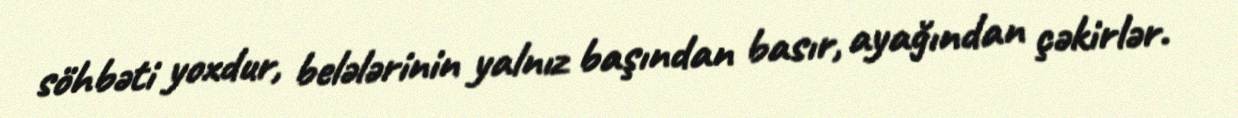
söhbəti yoxdur, belələrinin yalnız başından basır, ayağından çəkirlər.